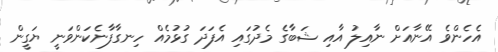
އެހެންވެ އޭނާއަށް ނާއިލު އާއި ޝަބާގެ މެދުގައި އެފަދަ ގުޅުމެއް ހިނގާފާނެކަންވަނީ ޔަގީން